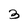
Character: 3